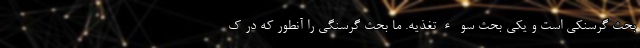
بحث گرسنکی است و یکی بحث سوءتغذیه. ما بحث گرسنگی را آنطور که در ک